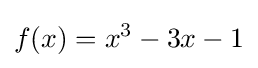
f(x)=x^{3}-3x-1